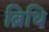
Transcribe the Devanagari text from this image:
ब्रिधि